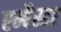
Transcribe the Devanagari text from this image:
एम्बैस्डर